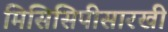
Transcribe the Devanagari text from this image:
मिसिसिपीसारखी